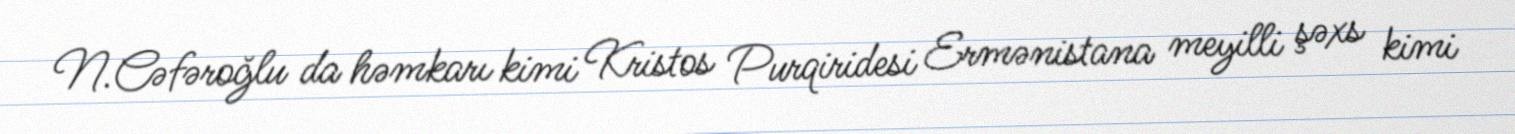
N.Cəfəroğlu da həmkarı kimi Kristos Purqiridesi Ermənistana meyilli şəxs kimi